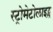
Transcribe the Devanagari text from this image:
स्ट्रोमेटोलाइट्स